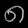
Digit: ၈